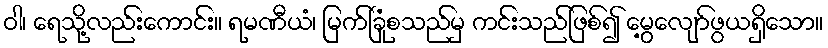
ဝါ၊ ရေသို့လည်းကောင်း။ ရမဏီယံ၊ မြက်ခြုံစသည်မှ ကင်းသည်ဖြစ်၍ မွေ့လျော်ဖွယရှိသော။